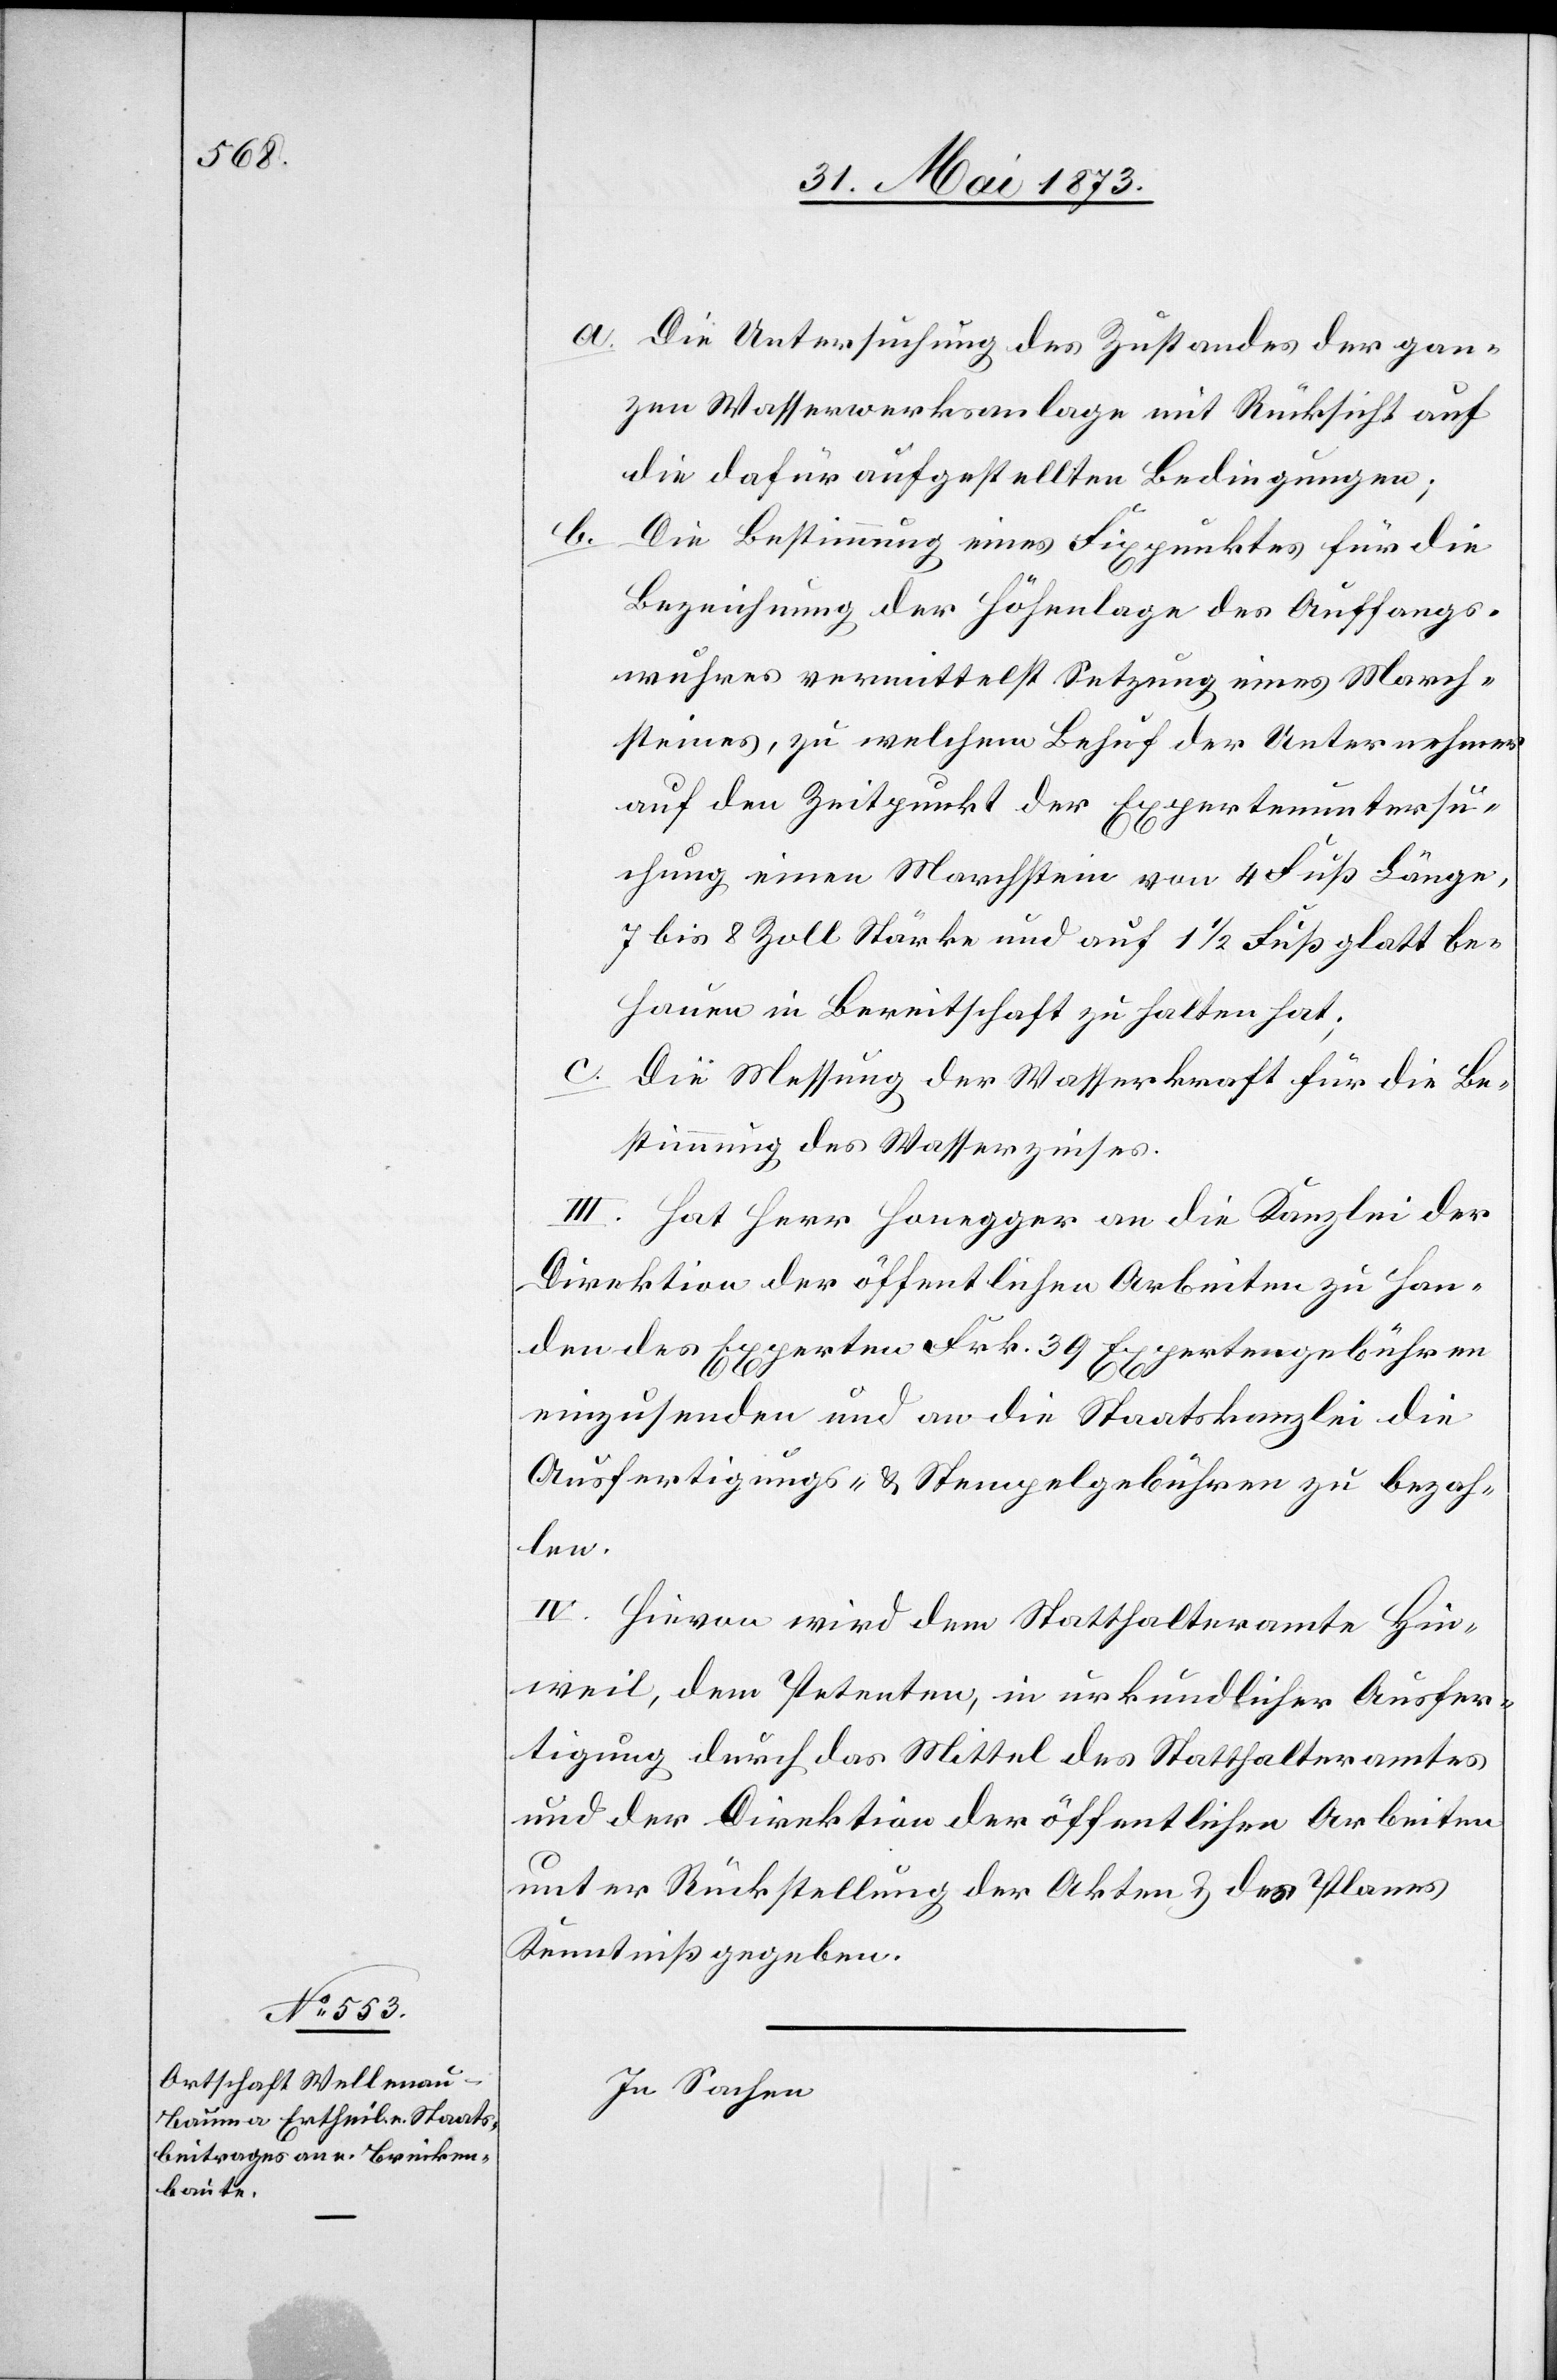
b.

a. Die Untersuchung des Zustandes der gan¬
zen Wassserwerksanlage mit Rücksicht auf
die dafür aufgestellten Bedingungen;
Die Bestimmung eines Fixpunktes für die
Bezeichnung der Höhenlage des Auffangs¬
wuhres vermittelst Setzung eines March¬
steines, zu welchem Behuf der Unternehmer
auf den Zeitpunkt der Expertenuntersu¬
chung einen Marchstein von 4 Fuß Länge,
7 bis 8 Zoll Stärke und auf 1 1/2 Fuß glatt be¬
hauen in Bereitschaft zu halten hat;
c. Die Messung der Wasserkraft für die Be¬
stimmung des Wasserzinses.
III. Hat Herr Honegger an die Kanzlei der
Direktion der öffentlichen Arbeiten zu Han¬
den des Experten Frk. 39 Expertengebühren
einzusenden und an die Staatskanzlei die
Ausfertigungs- & Stempelgebühren zu bezah¬
len.
IV. Hievon wird dem Statthalteramte Hin¬
weil, dem Petenten, in urkundlicher Ausfer¬
tigung durch das Mittel des Statthalteramtes
und der Direktion der öffentlichen Arbeiten
unter Rückstellung der Akten & des Planes
Kenntniß gegeben.
In Sachen